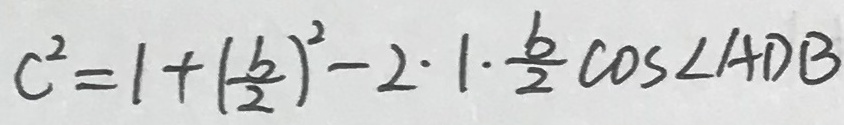
C ^ { 2 } = 1 + ( \frac { b } { 2 } ) ^ { 2 } - 2 \cdot 1 \cdot \frac { b } { 2 } \cos \angle A D B